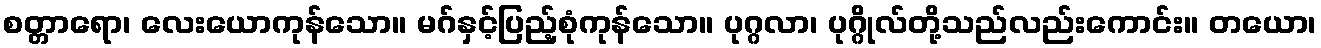
စတ္တာရော၊ လေးယောကုန်သော။ မဂ်နှင့်ပြည့်စုံကုန်သော။ ပုဂ္ဂလာ၊ ပုဂ္ဂိုလ်တို့သည်လည်းကောင်း။ တယော၊